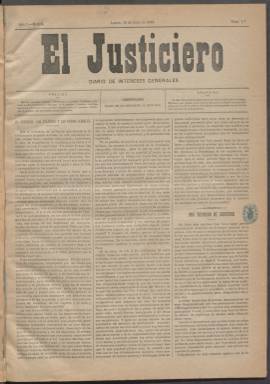
Título: El Justiciero (Madrid. 1883)
Colección: Periódicos
Ámbito geográfico: Madrid
Lugar de publicación: Madrid
Fechas: 16/07/1883-19/11/1883